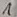
Text: 1